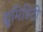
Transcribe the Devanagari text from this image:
ह्यूमिडिटी